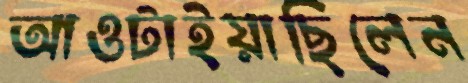
আওটাইয়াছিলেন